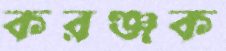
করঞ্জক